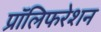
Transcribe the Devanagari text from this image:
प्रॉलिफरेशन